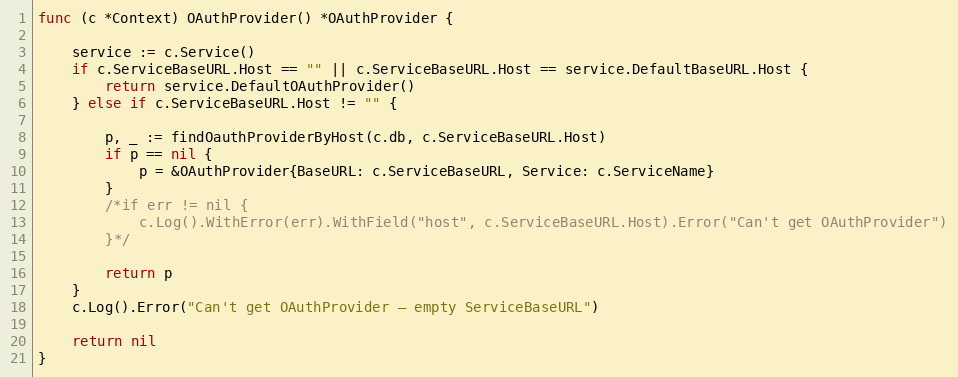
Language: Go
func (c *Context) OAuthProvider() *OAuthProvider {

	service := c.Service()
	if c.ServiceBaseURL.Host == "" || c.ServiceBaseURL.Host == service.DefaultBaseURL.Host {
		return service.DefaultOAuthProvider()
	} else if c.ServiceBaseURL.Host != "" {

		p, _ := findOauthProviderByHost(c.db, c.ServiceBaseURL.Host)
		if p == nil {
			p = &OAuthProvider{BaseURL: c.ServiceBaseURL, Service: c.ServiceName}
		}
		/*if err != nil {
			c.Log().WithError(err).WithField("host", c.ServiceBaseURL.Host).Error("Can't get OAuthProvider")
		}*/

		return p
	}
	c.Log().Error("Can't get OAuthProvider – empty ServiceBaseURL")

	return nil
}